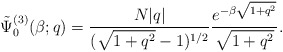
\begin{align*}\tilde{\Psi}^{(3)}_{0}(\beta; q) = \frac{N |q|}{(\sqrt{1+q^{2}} - 1)^{1/2}} \frac{e^{-\beta\sqrt{1+q^{2}}}}{\sqrt{1+q^{2}}}. \end{align*}